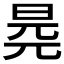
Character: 𣆧